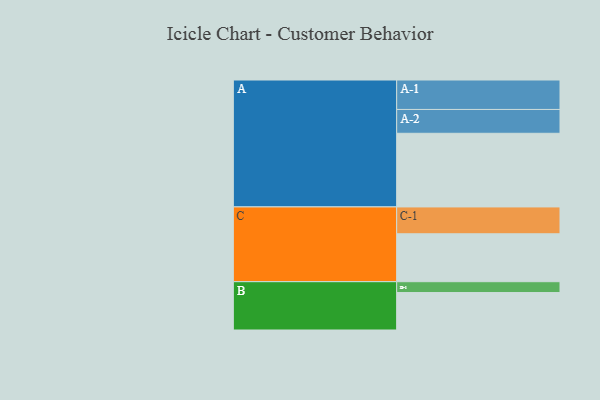
{"axis": {"x": "Segment", "y": "Value"}, "legend": ["", "A", "B", "C"], "data": [{"x": "A", "y": 590, "type": ""}, {"x": "B", "y": 300, "type": ""}, {"x": "C", "y": 384, "type": ""}, {"x": "A-1", "y": 236, "type": "A"}, {"x": "A-2", "y": 191, "type": "A"}, {"x": "B-1", "y": 87, "type": "B"}, {"x": "C-1", "y": 215, "type": "C"}]}